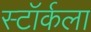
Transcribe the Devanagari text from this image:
स्टॉर्कला